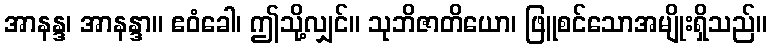
အာနန္ဒ၊ အာနန္ဒာ။ ဧဝံခေါ၊ ဤသို့လျှင်။ သုဘိဇာတိယော၊ ဖြူစင်သောအမျိုးရှိသည်။